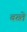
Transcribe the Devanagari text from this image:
बख्ते